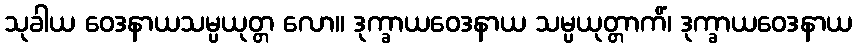
သုခါယ ဝေဒနာယသမ္ပယုတ္တ လော။ ဒုက္ခာယဝေဒနာယ သမ္ပယုတ္တာကိံ၊ ဒုက္ခာယဝေဒနာယ